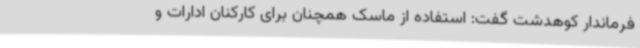
فرماندار کوهدشت گفت: استفاده از ماسک همچنان برای کارکنان ادارات و